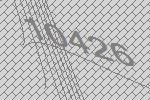
10426